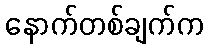
နောက်တစ်ချက်က